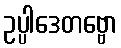
ဥပ္ပါဒေတဗ္ဗော